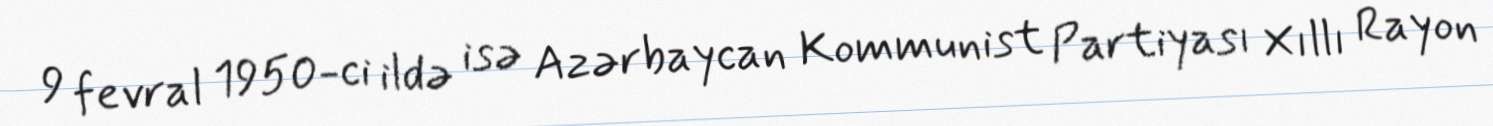
9 fevral 1950-ci ildə isə Azərbaycan Kommunist Partiyası Xıllı Rayon